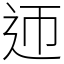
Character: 迊